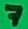
Text: 7